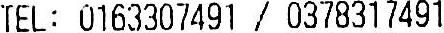
TEL : 0163307491 / 0378317491